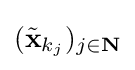
({\tilde {\mathbf {x} }}_{k_{j}})_{j\in \mathbf {N} }